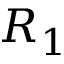
R _ { 1 }